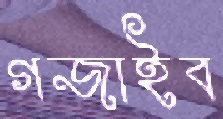
গজাইব